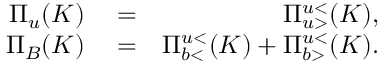
\begin{array} { r l r } { \Pi _ { u } ( K ) } & { { } = } & { \Pi _ { u > } ^ { u < } ( K ) , } \\ { \Pi _ { B } ( K ) } & { { } = } & { \Pi _ { b < } ^ { u < } ( K ) + \Pi _ { b > } ^ { u < } ( K ) . } \end{array}